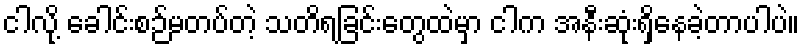
ငါလို့ ခေါင်းစဉ်မတပ်တဲ့ သတိရခြင်းတွေထဲမှာ ငါက အနီးဆုံးရှိနေခဲ့တာပါပဲ။